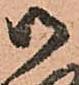
御